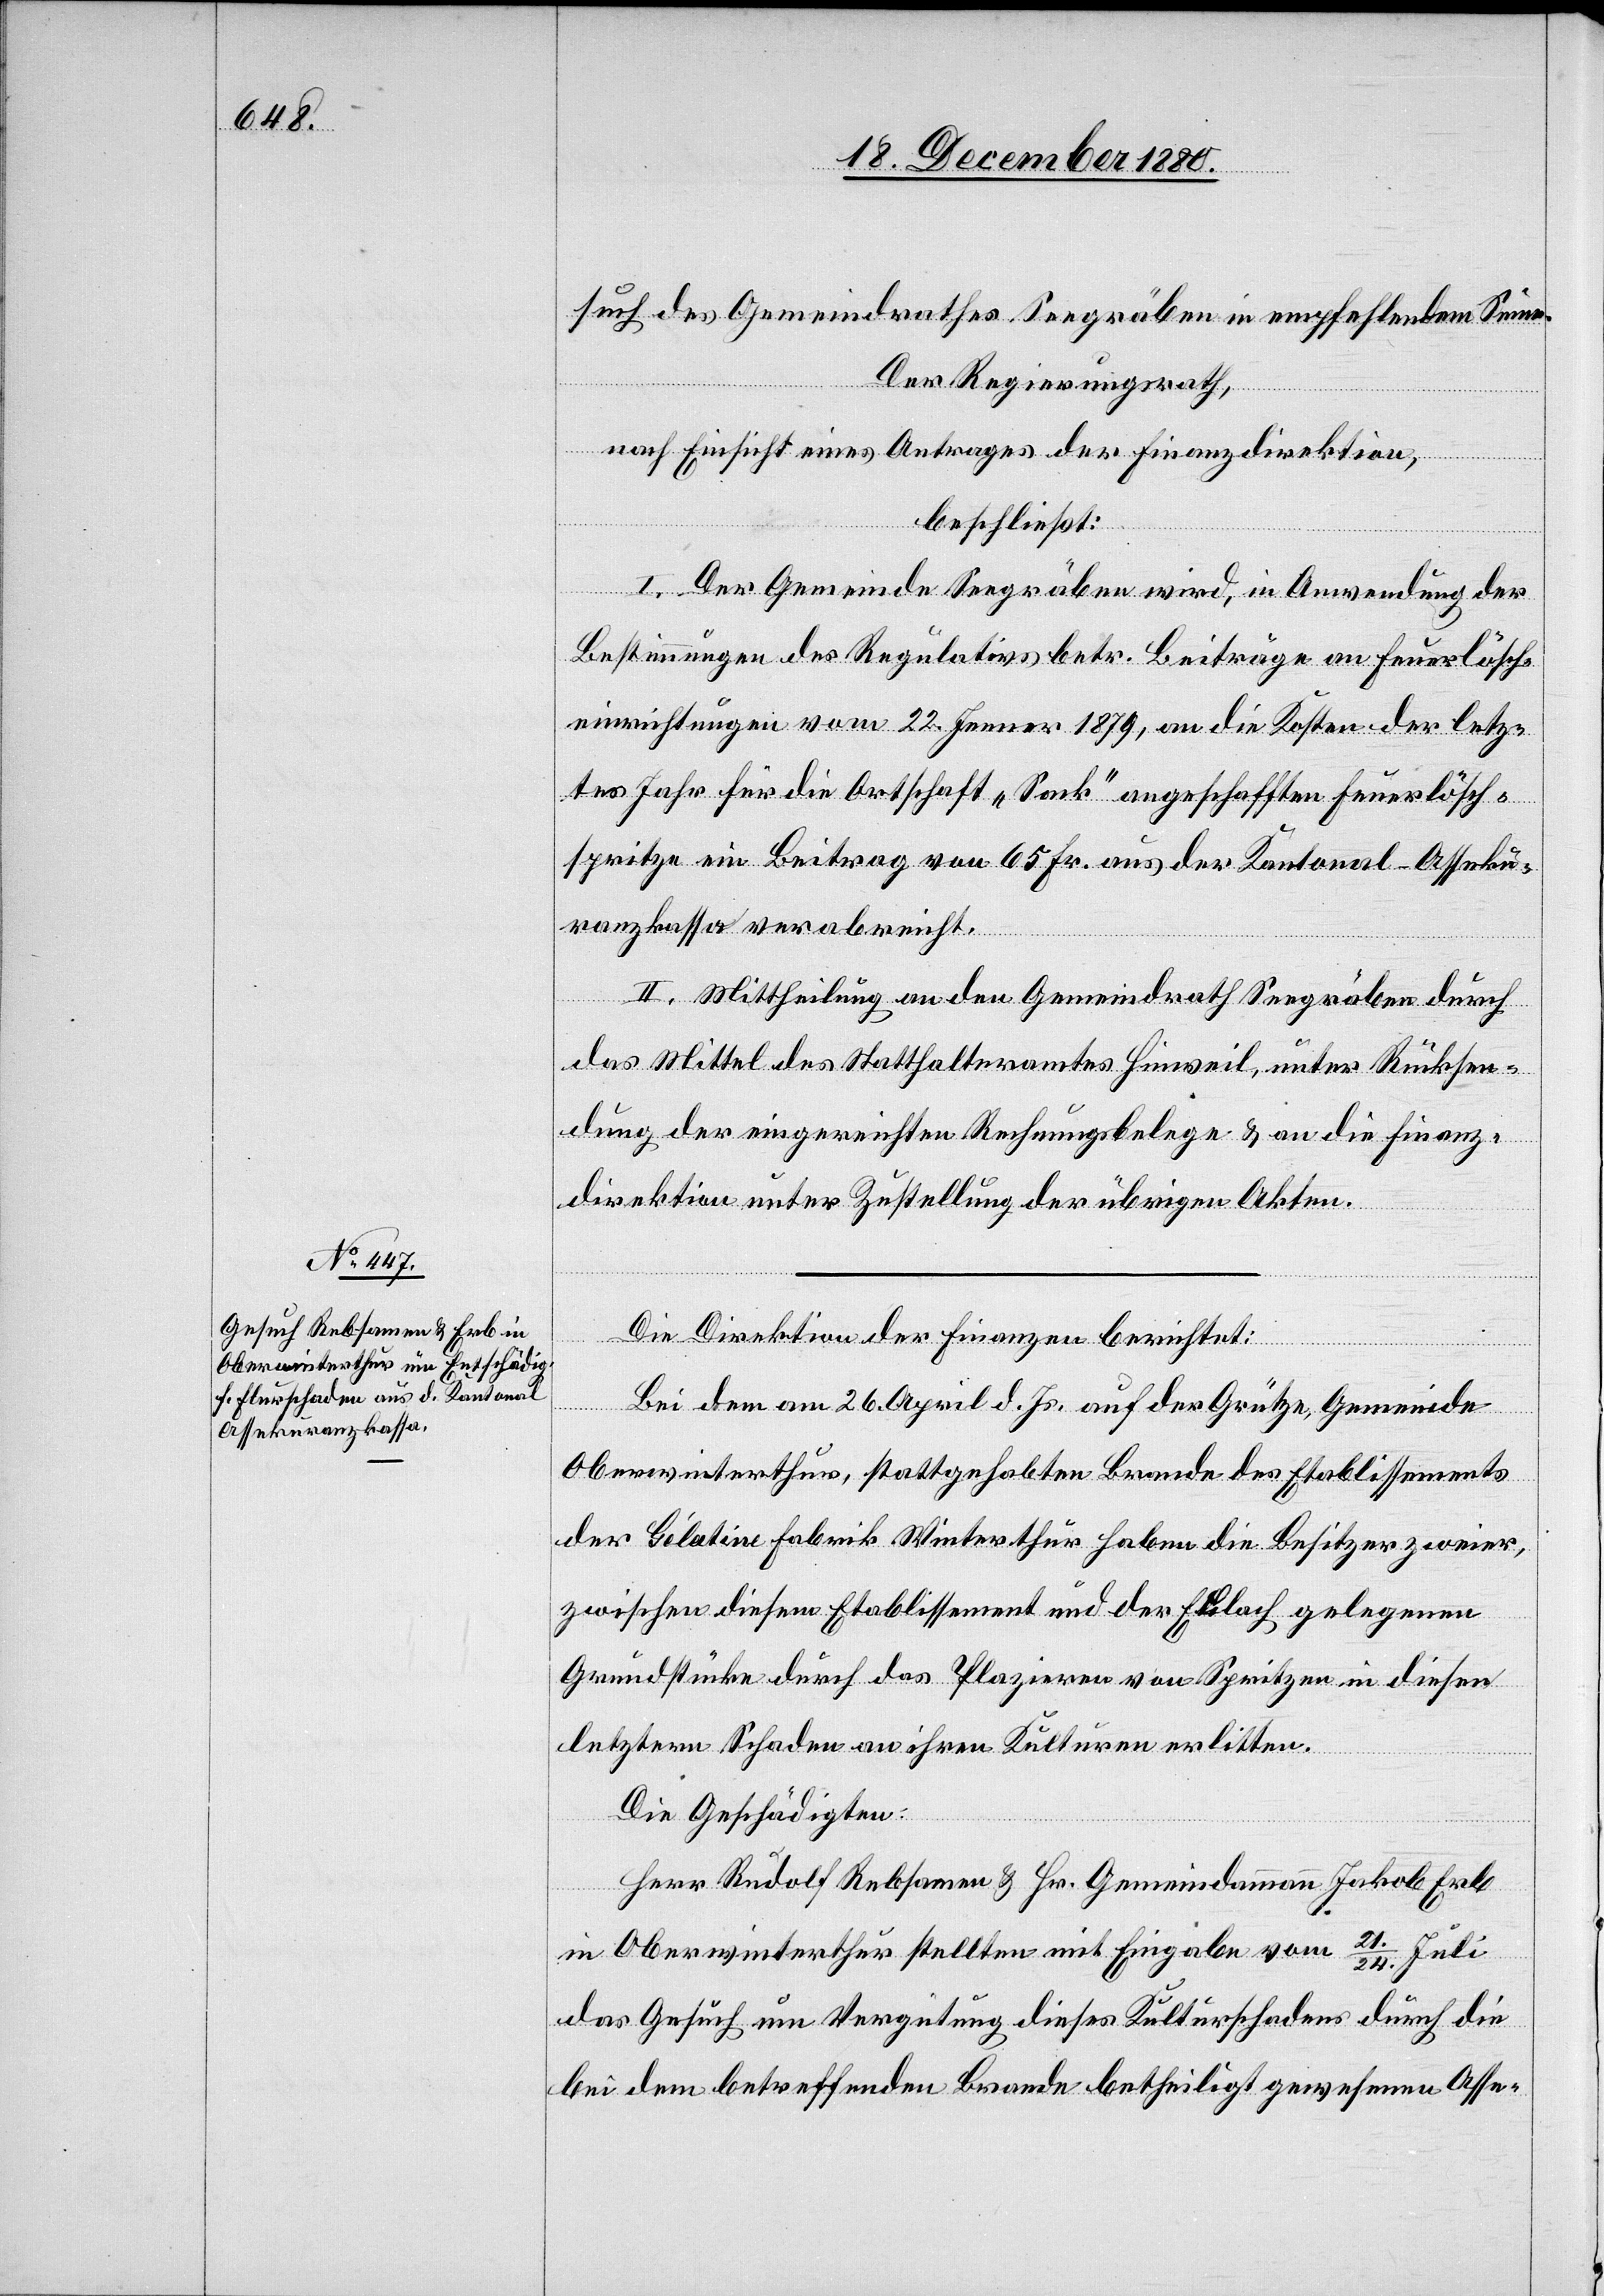
such des Gemeindrathes Seegräben in empfehlendem Sinne.
Der Regierungsrath,
nach Einsicht eines Antrages der Finanzdirektion,
beschließt:
I. Der Gemeinde Seegräben wird, in Anwendung der
Bestimmungen des Regulativs betr. Beiträge an Feuerlösch¬
einrichtungen vom 22. Jenner 1879, an die Kosten der letz¬
tes Jahr für die Ortschaft „Sack“ angeschafften Feuerlösch¬
spritze ein Beitrag von 65 Fr. aus der Kantonal-Asseku¬
ranzkassa verabreicht.
II. Mittheilung an den Gemeindrath Seegräben durch
das Mittel des Statthalteramtes Hinweil, unter Rücksen¬
dung der eingereichten Rechnungsbelege & an die Finanz¬
direktion unter Zustellung der übrigen Akten.
Die Direktion der Finanzen berichtet:
Bei dem am 26. April d. Js. auf der Grütze, Gemeinde
Oberwinterthur, stattgehabten Brande des Etablissements
der Gélatine Fabrik Winterthur haben die Besitzer zweier,
zwischen diesem Etablissement und der Eulach gelegenen
Grundstücke durch das Plazieren von Spritzen in diesen
letzteren Schaden an ihren Kulturen erlitten.
Die Geschädigten:
Herr Rudolf Rebsamen & Hr. Gemeindammann Jakob Erb
in Oberwinterthur stellten mit Eingabe vom 21./24. Juli
das Gesuch um Vergütung dieses Kulturschadens durch die
bei dem betreffenden Brande betheiligt gewesenen Asse-